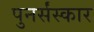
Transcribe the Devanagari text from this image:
पुनर्संस्कार